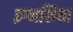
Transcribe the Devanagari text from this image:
इग्नशिया